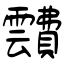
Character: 靅